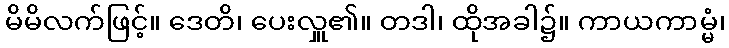
မိမိလက်ဖြင့်။ ဒေတိ၊ ပေးလှူ၏။ တဒါ၊ ထိုအခါ၌။ ကာယကာမ္မံ၊